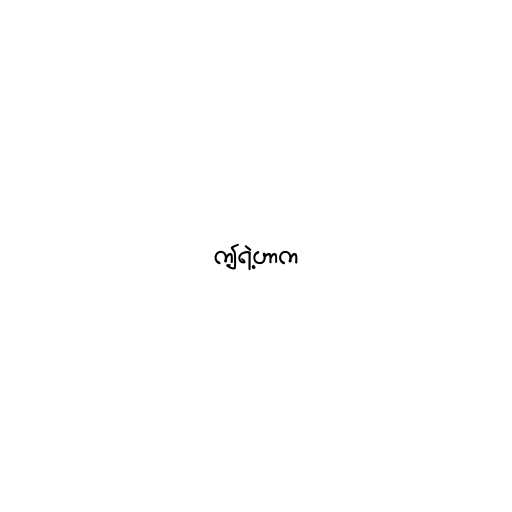
ဤရဲ့ဟာက